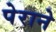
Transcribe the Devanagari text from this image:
पेराने